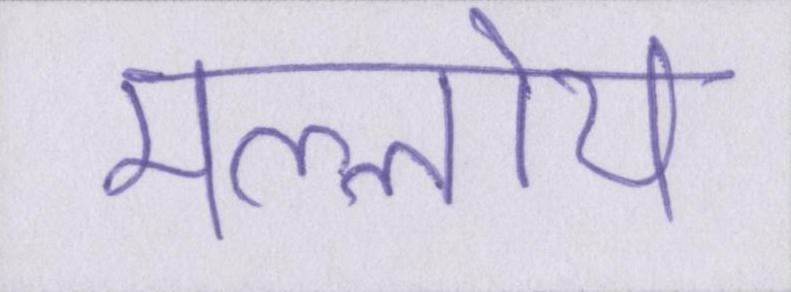
मल्लोय